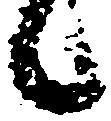
候